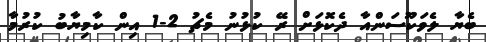
ބެޔާ ލެވަކޫސަންއާ ދެކޮޅަށް ރޭ ކުޅުނު މެޗު 2-1 އިން ކާމިޔާބު ކުރުމާ